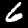
Label: 6